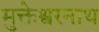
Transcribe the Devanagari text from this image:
मुक्तेश्वरनाथ